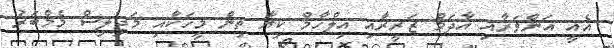
އެއީ އަންވަރާއި އާދަމް ޒަރީރާއި އިލްހާމް ކިޔާ ތިން މީހަކާއި މަޖިލިސް މެމްބަރު